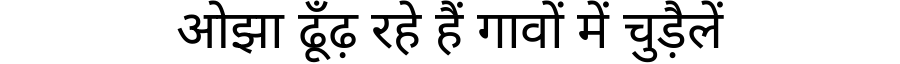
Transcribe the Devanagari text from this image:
ओझा ढूँढ़ रहे हैं गावों में चुड़ैलें